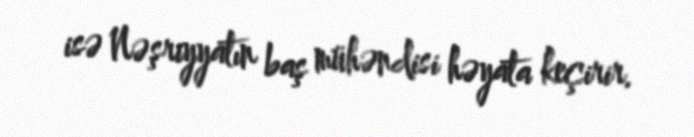
isə Nəşriyyatın baş mühəndisi həyata keçirir.